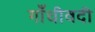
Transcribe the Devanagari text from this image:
गाँधीवदी